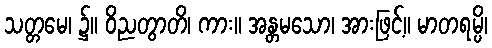
သတ္တမေ၊ ၌။ ဝိညတွာတိ၊ ကား။ အန္တမသော၊ အားဖြင့်။ မာတရမ္ပိ၊